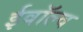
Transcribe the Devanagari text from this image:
ईवॉल्व